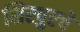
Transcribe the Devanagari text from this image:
शिरपुरचे